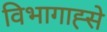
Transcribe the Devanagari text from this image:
विभागाह्से